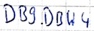
Text: DB9.DB44